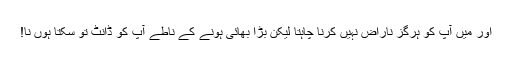
اور میں آپ کو ہرگز ناراض نہیں کرنا چاہتا لیکن بڑا بھائی ہونے کے ناطے آپ کو ڈانٹ تو سکتا ہوں نا!